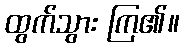
ထွက်သွား ကြ၏။